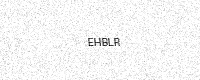
Text: EHBLR